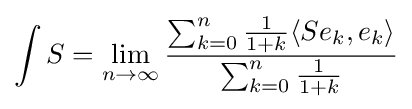
\int S=\lim _{n\to \infty }{\frac {\sum _{k=0}^{n}{\frac {1}{1+k}}\langle Se_{k},e_{k}\rangle }{\sum _{k=0}^{n}{\frac {1}{1+k}}}}